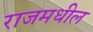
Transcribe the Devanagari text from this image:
राजमधील